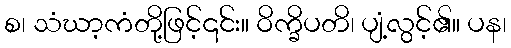
စ၊ သံဃာ့ကံတို့ဖြင့်၎င်း။ ဝိက္ခိပတိ၊ ပျံ့လွင့်၏။ ပန၊